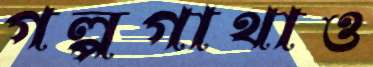
গল্পগাথাও